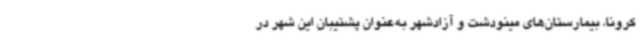
کرونا، بیمارستان‌های مینودشت و آزادشهر به‌عنوان پشتیبان این شهر در